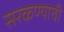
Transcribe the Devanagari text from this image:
सरकण्याची